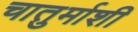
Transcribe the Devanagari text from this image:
चातुर्माशी